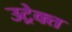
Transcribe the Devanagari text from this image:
उट्रेक्त